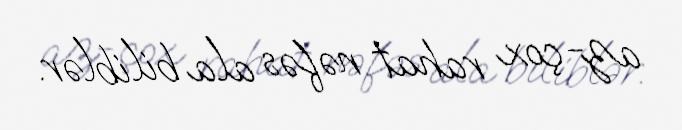
az-çox rahat nəfəs ala biliblər.